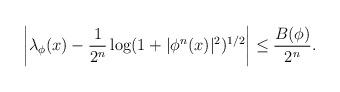
LaTeX: \begin{align*}\bigg|\lambda_{\phi}(x)-\frac{1}{2^{n}}\log(1+|\phi^n(x)|^2)^{1/2}\bigg| \leq \frac{B(\phi)}{2^n}.\end{align*}